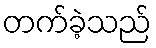
တက်ခဲ့သည်